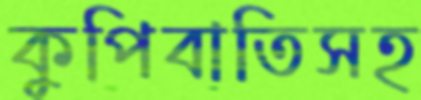
কুপিবাতিসহ